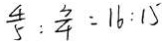
\frac { 4 } { 5 } : \frac { 3 } { 4 } = 1 6 : 1 5